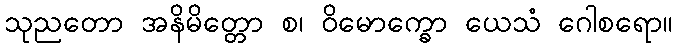
သုညတော အနိမိတ္တော စ၊ ဝိမောက္ခော ယေသံ ဂေါစရော။